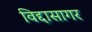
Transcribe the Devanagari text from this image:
विद्दासागर